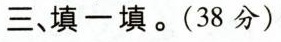
三、填 一 填 .(38 分)